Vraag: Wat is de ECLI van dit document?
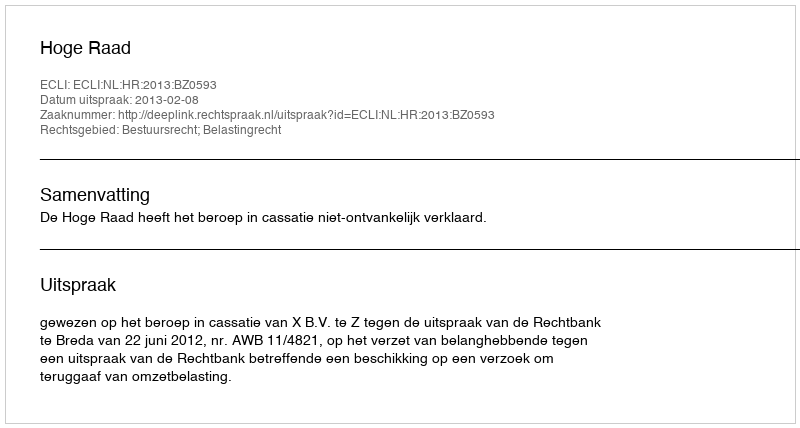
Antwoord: ECLI:NL:HR:2013:BZ0593